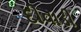
દીવાડી